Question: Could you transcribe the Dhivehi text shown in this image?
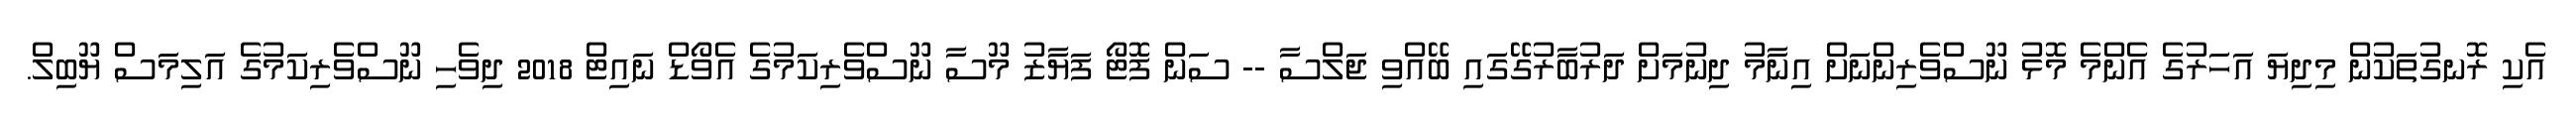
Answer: އެކި ރޮނގުތަކުން މިދިޔަ އަހަރުގެ އެންމެ މޮޅު ނޫސްވެރިންނަށް އިނާމު ދިނުމަށް ދަރުބާރުގޭގައި ބޭއްވި ޖަލްސާ -- ސަން ފޮޓޯ ފަޔާޒު މޫސާ ނޫސްވެރިކަމުގެ އެވޯޑް ނައިޓް 2018 ދިވެހި ނޫސްވެރިކަމުގެ އަލިމަސް ޔޫބިލް.